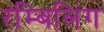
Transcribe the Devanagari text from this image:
रम्बिलिंग